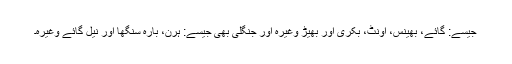
جیسے: گائے، بھینس، اونٹ، بکری اور بھیڑ وغیرہ اور جنگلی بھی جیسے: ہرن، بارہ سنگھا اور نیل گائے وغیرہ۔